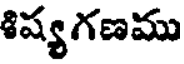
శిష్యగణము